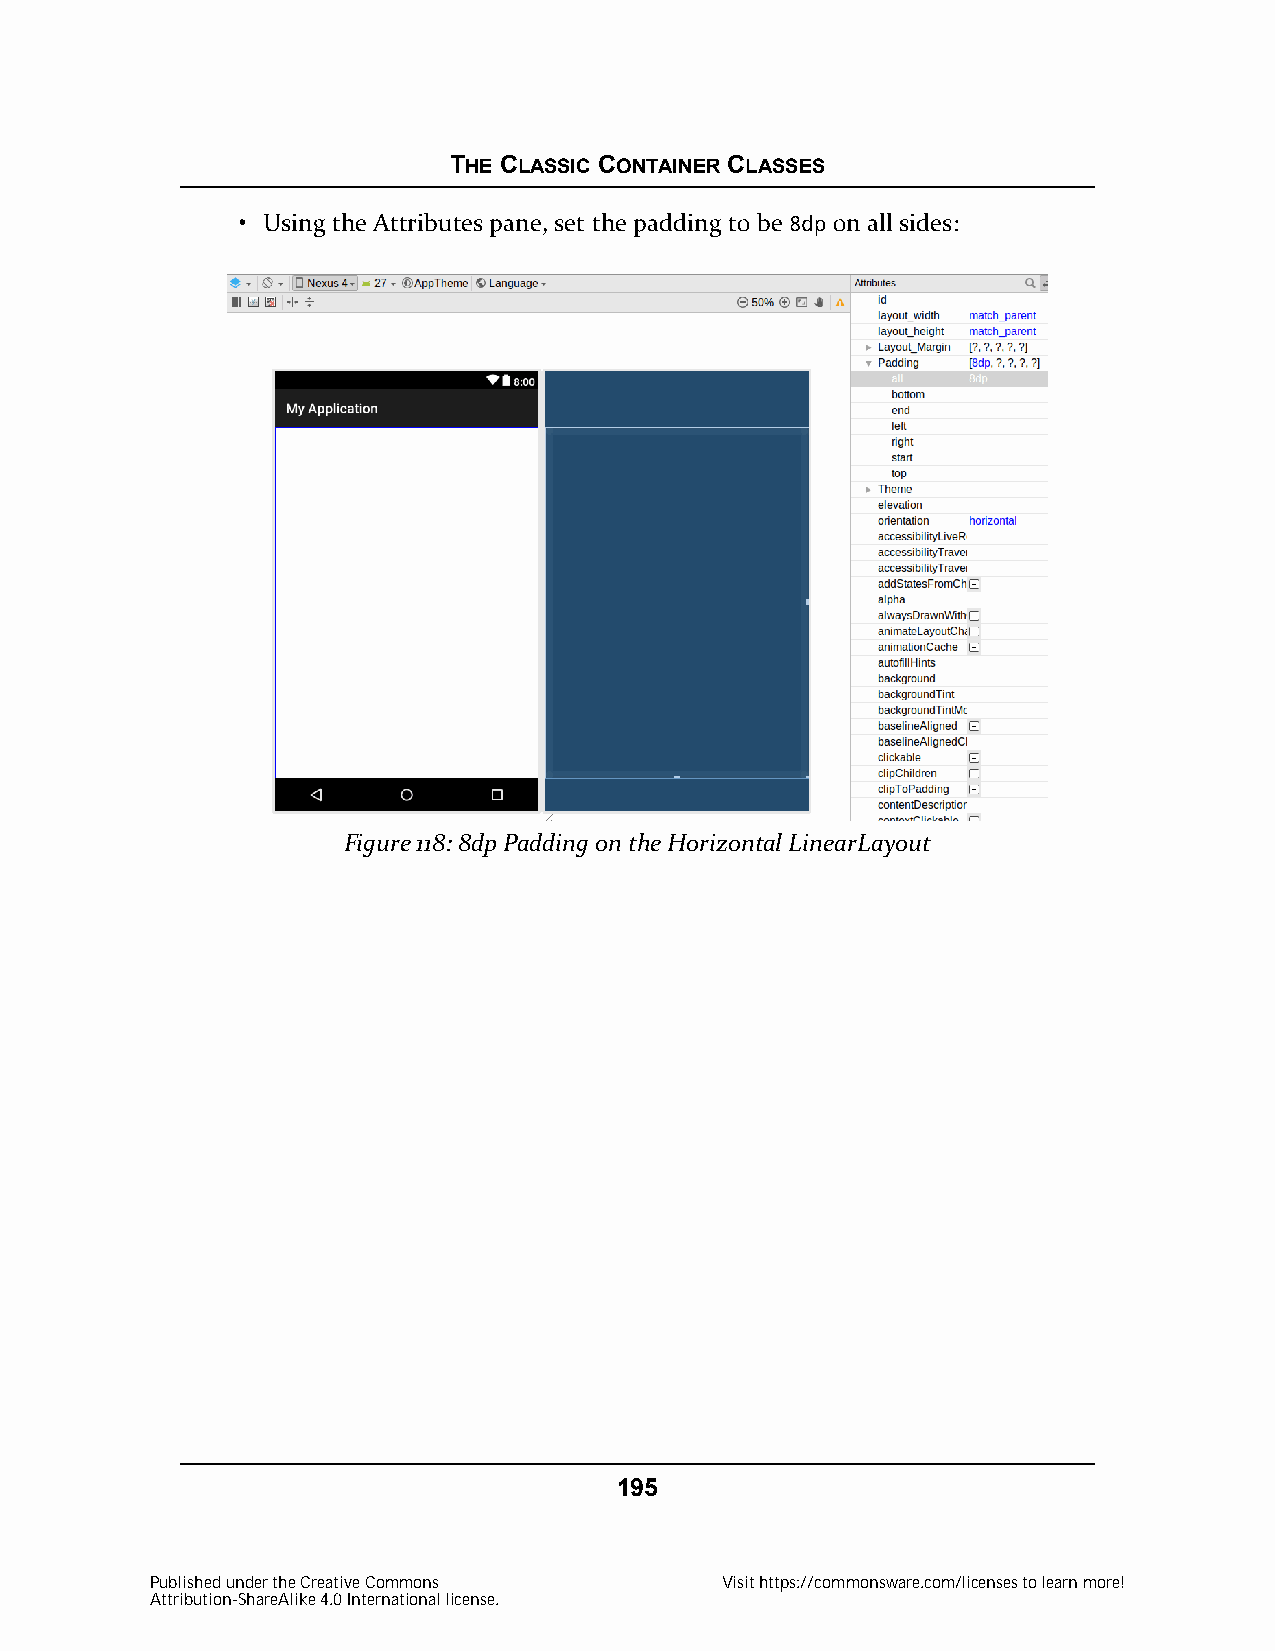
THE CLASSIC CONTAINER CLASSES
 • Using the Attributes pane, set the padding to be 8dp on all sides:
 Figure 118: 8dp Padding on the Horizontal LinearLayout
 195
 Published under the Creative Commons  Visit https://commonsware.com/licenses to learn more!
 Attribution-ShareAlike 4.0 International license.